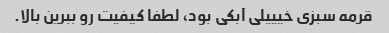
قرمه سبزی خیییلی آبکی بود، لطفا کیفیت رو ببرین بالا.